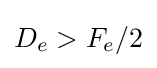
D_{e}>F_{e}/2